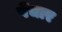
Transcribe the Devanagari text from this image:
पेंचार